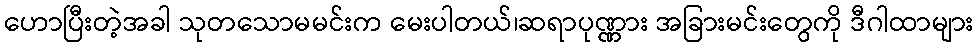
ဟောပြီးတဲ့အခါ သုတသောမမင်းက မေးပါတယ်၊ဆရာပုဏ္ဏား အခြားမင်းတွေကို ဒီဂါထာများ